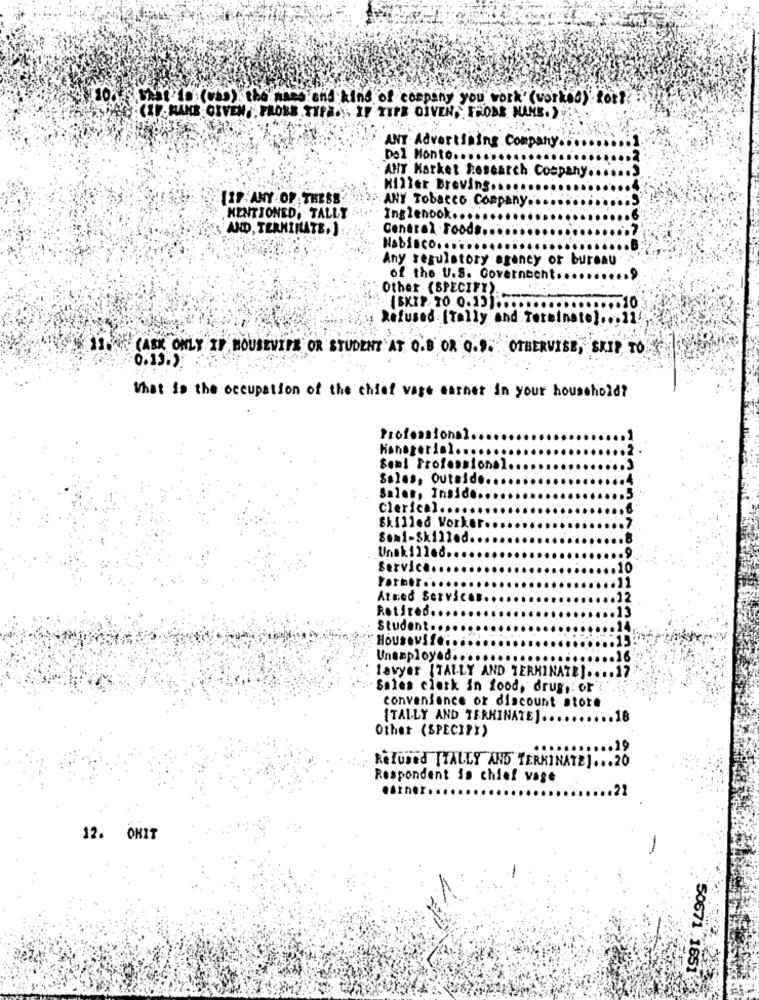
10.vtip (cap) the name and kind of company you work' (worked) fort
HANS GIVEN FLORE TYPE ... IF TIME GIVEN, FRODE NAME.)
ANT Advertising Company
Del Honto ...
- ANY Market Research Company ..
Hiller Breving ....
12F ANY OF THESE
ANY Tobacco Company.
MENTIONED, TALLY
Inglenook ....
AND, TERMINATE. ]
Central .Foods
Nabisco ....
Any regulatory agency or bureau
of the U.S. Covernacht.
Other (SPECIFY)
.10
Refused [Tally and Terminato] ... ]]]
CASK ONLY IF HOUSEWIFE OR STUDENT AT O.B OR Q.9. OTHERVISE, SKIP TO
0.13. ).
What is the occupation of the chief vare earner in your household?
Professions
Hanegerin ...
Sont Professional.
Sales, Outside.
Sales, Inside.
Clerical.
Skilled Vorker.
Semi-Skilled.
Unskilled
rvice
Forber ..
Atmed Services ..
Retired ..
Student
Housevs
Unemployed ..
Levyer [TALLY AND TERMINATE] ..
Sales cietk in food, drug ,: or
convenience or discount store
{TALLY AND TERMINATE] ..
Other (SPECIFY)
Refused [TALLY AND"TERKINATE] ... 20
Respondent is chief vage
.Ather
12. OKIT
50671 .1651